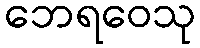
ဘေရဝေသု